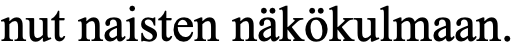
nut naisten näkökulmaan.